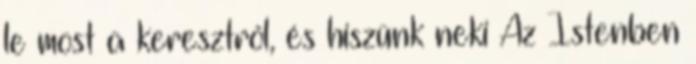
le most a keresztről, és hiszünk neki Az Istenben